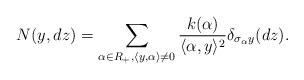
LaTeX: \begin{align*}N(y,dz)=\sum_{\alpha\in R_+, \langle y,\alpha\rangle\neq0}\frac{k(\alpha)}{\langle\alpha,y\rangle^2}\delta_{\sigma_\alpha y}(dz).\end{align*}